Madras plague regulations and rules - Volume 2
Disease focus: Plague
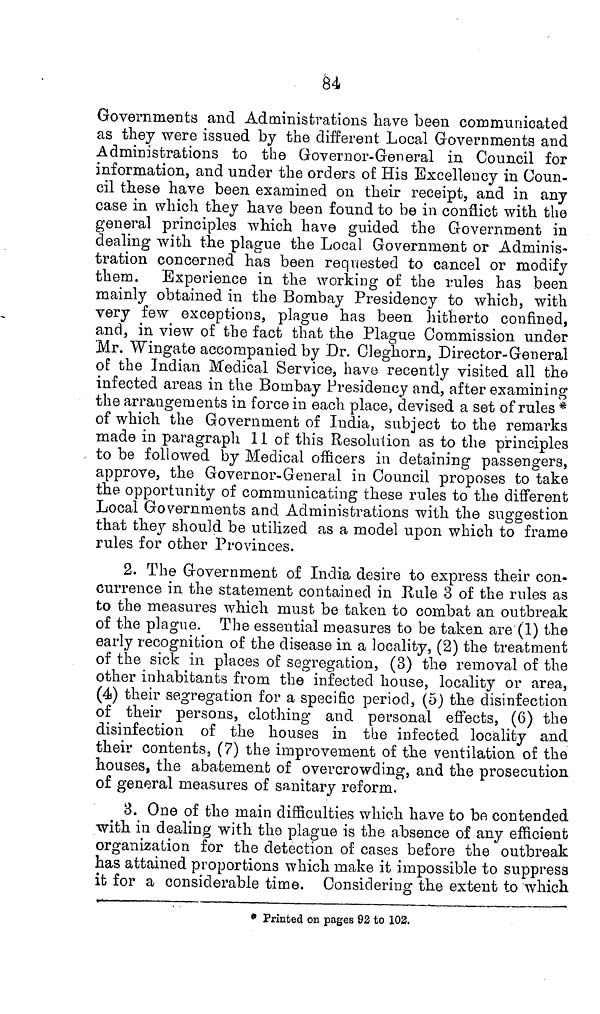
84
Governments and Administrations have been communicated
as they were issued by the different Local Governments and
Administrations to the Governor-General in Council for
information, and under the orders of His Excellency in Coun-
cil these have been examined on their receipt, and in any
case in which they have been found to be in conflict with the
general principles which have guided the Government in
dealing with the plague the Local Government or Adminis-
tration concerned has been requested to cancel or modify
them. Experience in the working of the rules has been
mainly obtained in the Bombay Presidency to which, with
very few exceptions, plague has been hitherto confined,
and, in view of the fact that the Plague Commission under
Mr. Wingate accompanied by Dr. Cleghorn, Director-General
of the Indian Medical Service, have recently visited all the
infected areas in the Bombay Presidency and, after examining
the arrangements in force in each place, devised a set of rules *
of which the Government of India, subject to the remarks
made in paragraph 11 of this Resolution as to the principles
to be followed by Medical officers in detaining passengers,
approve, the Governor-General in Council proposes to take
the opportunity of communicating these rules to the different
Local Governments and Administrations with the suggestion
that they should be utilized as a model upon which to frame
rules for other Provinces.
2. The Government of India desire to express their con-
currence in the statement contained in Rule 3 of the rules as
to the measures which must be taken to combat an outbreak
of the plague. The essential measures to be taken are (1) the
early recognition of the disease in a locality, (2) the treatment
of the sick in places of segregation, (3) the removal of the
other inhabitants from the infected house, locality or area,
(4) their segregation for a specific period, (5) the disinfection
of their persons, clothing and personal effects, (6) the
disinfection of the houses in the infected locality and
their contents, (7) the improvement of the ventilation of the
houses, the abatement of overcrowding, and the prosecution
of general measures of sanitary reform.
3. One of the main difficulties which have to be contended
with in dealing with the plague is the absence of any efficient
organization for the detection of cases before the outbreak
has attained proportions which make it impossible to suppress
it for a considerable time. Considering the extent to which
* Printed on pages 92 to 102.